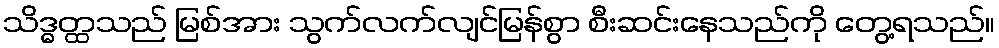
သိဒ္ဓတ္ထသည် မြစ်အား သွက်လက်လျင်မြန်စွာ စီးဆင်းနေသည်ကို တွေ့ရသည်။